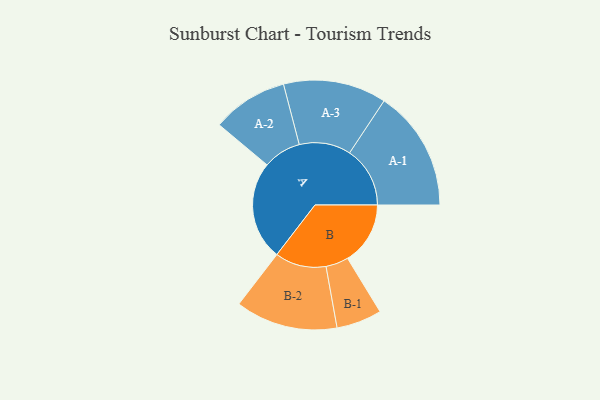
{"axis": {"x": "Segment", "y": "Value"}, "legend": ["", "A", "B"], "data": [{"x": "A", "y": 479, "type": ""}, {"x": "B", "y": 304, "type": ""}, {"x": "A-1", "y": 293, "type": "A"}, {"x": "A-2", "y": 184, "type": "A"}, {"x": "A-3", "y": 250, "type": "A"}, {"x": "B-1", "y": 110, "type": "B"}, {"x": "B-2", "y": 248, "type": "B"}]}